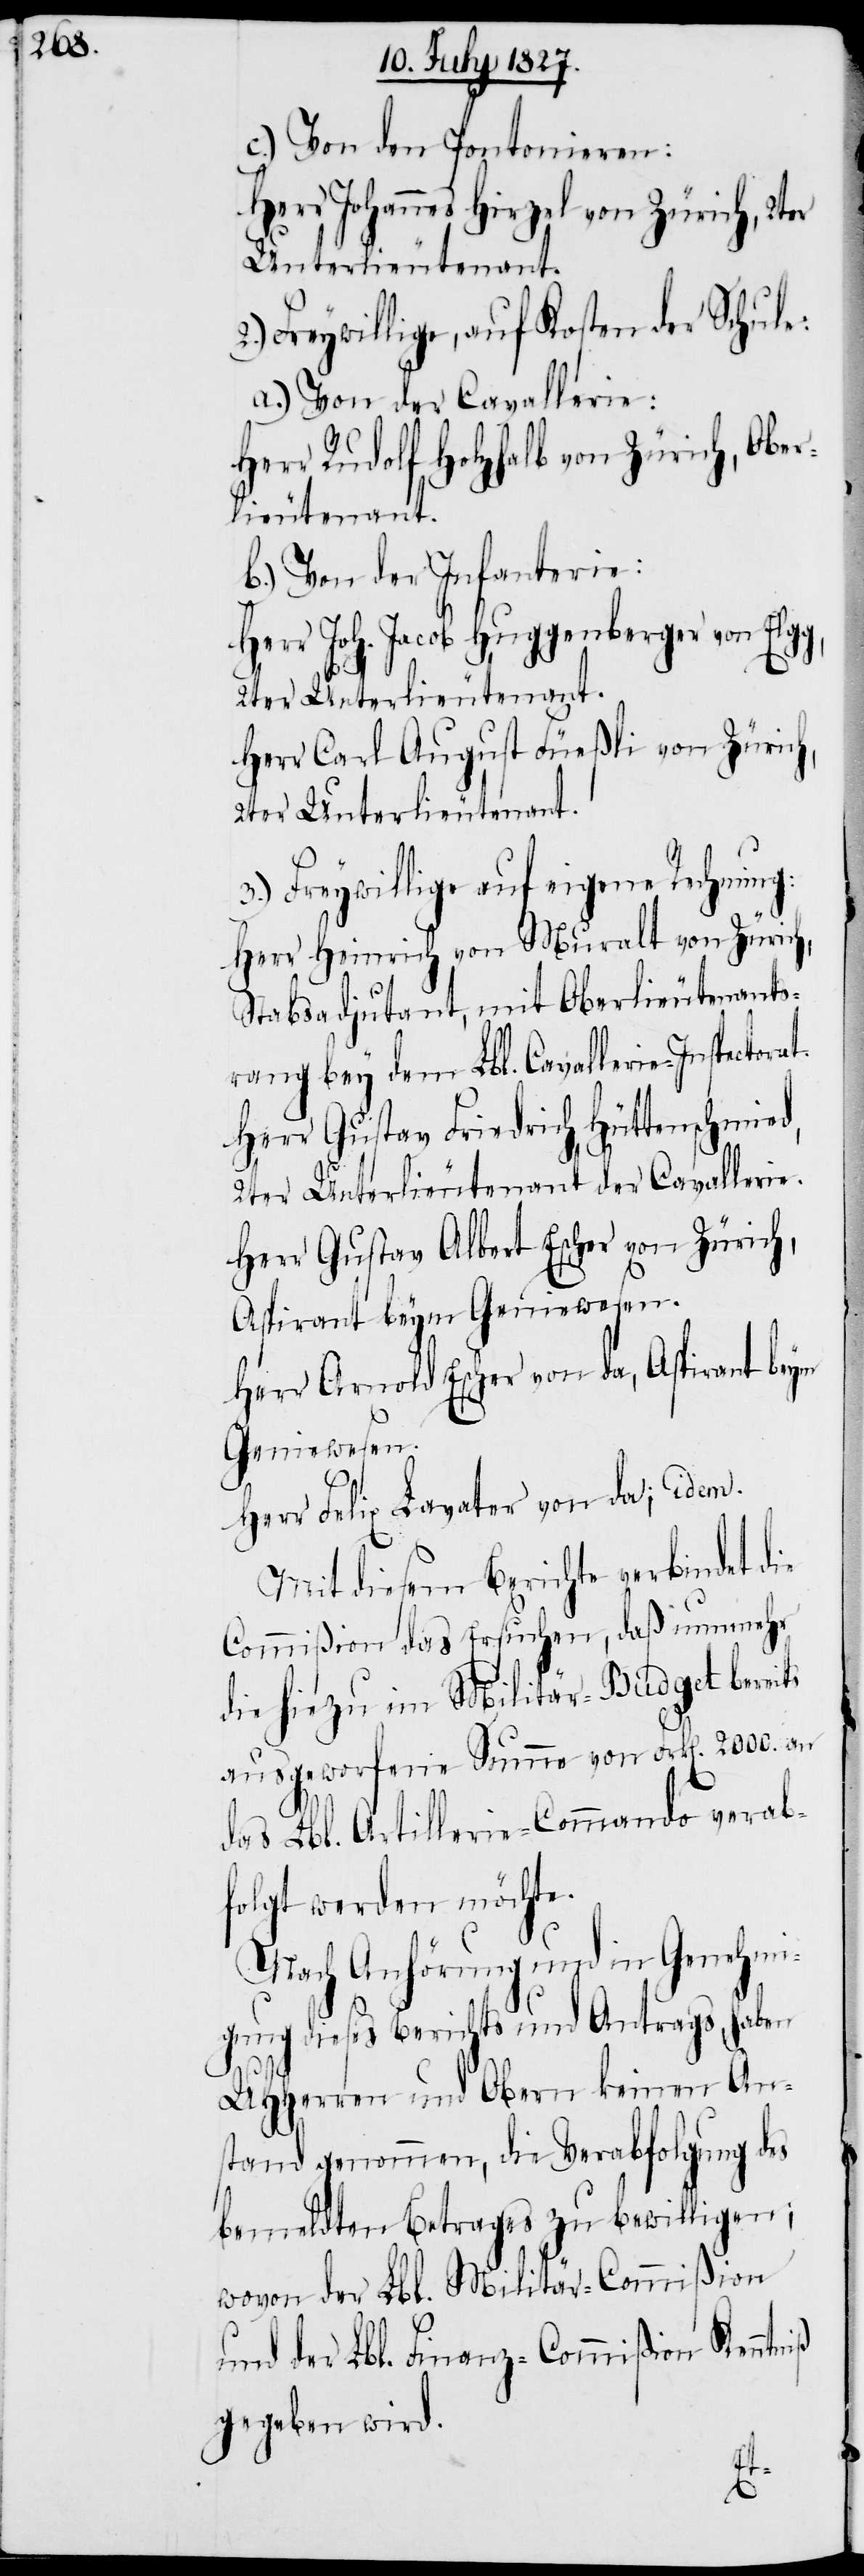
c.) Von den Pontonieren:
Herr Johannes Hirzel von Zürich,
Freywillige, auf Kosten der Schule:
a.) Von der Cavallerie:
Herr Rudolf Holzhalb von Zürich, Obers¬
tlieutenant.
b.) Von der Infanterie:
Herr Joh. Jacob Huggenberger von Elg¬
2ter Unterlieutenant.
Herr Carl August Füßli von Zürich,
2ter Unterlieutenant.
3.) Freywillige auf eigene Rechnung:
Herr Heinrich von Muralt von Zürich,
Stabsadjutant, mit Oberstlieutenants¬
rang bey dem Lbl. Cavallerie-Inspectora¬
Herr Gustav Friedrich Hüttenschmied,
2ter Unterlieutenant der Cavallerie.
Herr Gustav Albert Escher von Zürich,
Aspirant beym Geniewesen.
Herr Arnold Escher von da, Aspirant beym
Geniewesen.
Herr Felix Lavater von da; idem.
Mit diesem Berichte verbindet die
Commißion das Ersuchen, daß nunmehr
die hiezu im Militär-Budget bereits
ausgeworfene Summe von Frk[en]. 2000. an
das Lbl. Artillerie-Commando verab¬
folgt werden möchte.
Nach Anhörung und in Genehmi¬
gung dieses Berichts und Antrags, haben
g,
UHHerren und Obern keinen An¬
stand genommen, die Verabfolgung des
bemeldten Betrages zu bewilligen;
wovon der Lbl. Militär-Commißion
Kenntniß
und der Lbl. Finanz-Commißion
gegeben wird.
t.